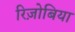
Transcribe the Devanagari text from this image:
रिज़ोबिया